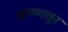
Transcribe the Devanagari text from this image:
कण्णान्नूर